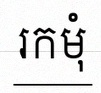
រកមុំ